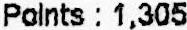
POINTS : 1,305